Vaccination report Assam 1896-1927 - 1896-1927
Year: 1896
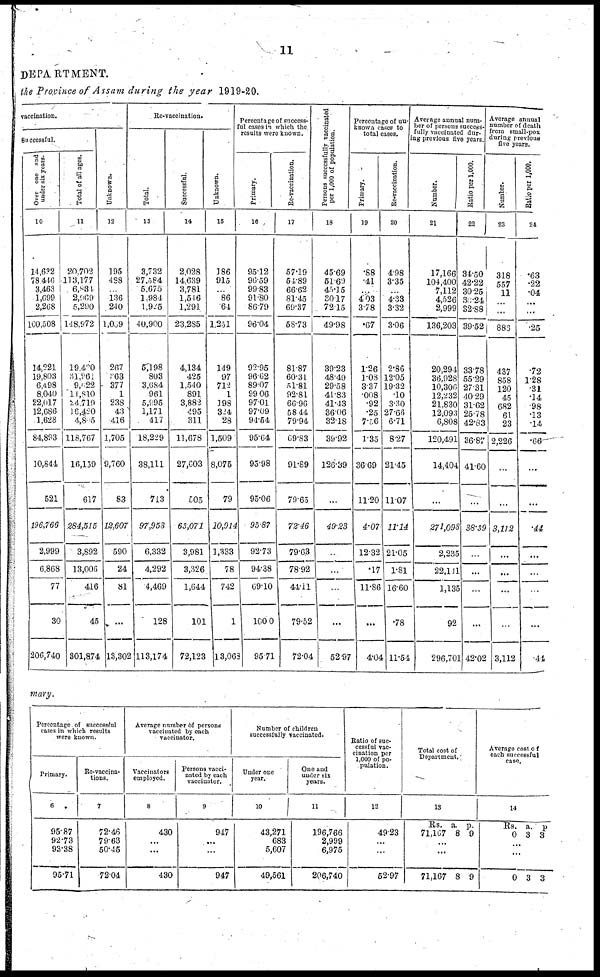
11
DEPARTMENT.
the Province of Assam during the year 1919-20.
vaccination.
successful.
Over one and
under six years.
10
14,632
78,446
3,463
1,699
2,268
100,508
14,221
19,803
6,498
8,040
22,017
12,686
1,628
84,893
10,844
521
196,766
2,999
6,868
77
30
206,740
Total of all ages.
11
20,702
113,177
6,831
2,969
5,290
148,972
19,400
31,961
9,022
11,810
24,719
16,420
4,805
118,767
16,159
617
284,515
3,892
13,006
416
45
301,874
Unknown.
12
195
488
...
136
240
l,039
267
363
377
1
238
43
416
1,705
9,760
83
12,607
590
24
81
...
13,302
Re-vaccination.
Total.
13
3,732
27,584
5,675
1,984
1,925
40,900
5,198
803
3,684
961
5,995
1,171
417
18,229
38,111
713
97,953
6,332
4,292
4,469
128
113,174
Successful.
14
2,028
14,639
3,781
1,546
1,291
23,285
4,134
425
1,540
891
3,882
495
311
11,678
27,603
505
63,071
3,981
3,326
1,644
101
72,123
Unknown.
15
186
915
...
86
64
1,251
149
97
712
1
198
324
28
1,509
8,075
79
10,914
1,333
78
742
1
13,068
results were known.
Primary.
16
95.12
96.59
99.83
91.80
86.79
96.04
92.95
96.62
89.07
99.06
97.01
97.09
94.54
95.64
95.98
95.06
95.87
92.73
94.38
69.10
100.0
95.71
Re-vaccination.
17
57.19
54.89
66.62
81.45
69.37
58.73
81.87
60.31
51.81
92.81
66.96
58.44
79.94
69.83
91.89
79.65
72.46
79.63
78.92
44.11
79.52
72.04
Persons successfully vaccinated
per 1,000 of population.
18
45.69
51.69
45.15
30.17
72.15
49.98
39.23
48.49
29.58
41.83
41.43
36.06
32.18
39.92
126.39
...
49.23
...
...
...
...
52.97
Percentage of un-
known cases to
total cases.
Primary.
19
.88
.41
...
4.03
3.78
.67
1.26
1.08
3.37
.008
.92
.25
7.56
1.35
36.69
11.20
4.07
12.32
.17
11.86
...
4.04
Re-vaccination.
20
4.98
3.35
...
4.33
3.32
3.06
2.86
12.05
19.32
.10
3.30
27.66
6.71
8.27
21.45
11.07
11.14
21.05
1.81
16.60
.78
11.54
Average annual num-
ber of persons success-
fully vaccinated dur-
ing previous five years.
Number.
21
17,166
104,400
7,112
4,526
2,999
136,203
20,294
36,928
10,306
12,232
21,830
12,093
6,808
120,491
14,404
...
271,098
2,235
22,111
1,135
92
296,701
Ratio per 1,000.
22
34.50
42.22
30.25
30.24
32.88
39.52
33.78
55.29
27.31
40.29
31.62
25.78
42.83
36.87
41.60
...
38.39
...
...
...
...
42.02
Average annual
number of death
from small-pox
during previous
five years.
Number.
23
318
557
11
...
...
886
437
858
120
45
682
61
23
2,226
...
...
3,112
...
...
...
...
3,112
Ratio per 1,000.
24
.63
.22
.04
...
...
.25
.72
1.28
.31
.14
.98
.13
.14
.66
...
...
.44
...
...
...
...
.44
mary.
Percentage of successful
cases in which results
were known.
Primary.
6
95.87
92.73
93.38
95.71
Re-vaccina-
tions.
7
72.46
79.63
50.45
72.04
Average number of persons
vaccinated by each
vaccinator.
Vaccinators
employed.
8
430
...
...
430
persons vacci-
nated by each
vaccinator.
9
947
...
...
947
Number of children
successfully vaccinated.
Under one
year.
10
43,271
683
5,607
49,561
One and
under six
years.
11
196,766
2,999
6,975
206,740
Ratio of suc-
cessful vac-
cination per
1,000 of po-
pulation.
12
49.23
...
...
52.97
Total cost of
Department.
13
Rs.
71,167
a.
8
p.
9
...
...
71,167 8 9
Average cost of
each successful
case.
14
Rs.
0
a.
3
p.
3
...
...
0 3 3